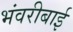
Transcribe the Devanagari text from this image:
भंवरीबाई